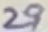
Text: 29